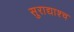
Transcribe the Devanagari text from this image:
सुराद्याश्च